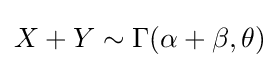
X+Y\sim \Gamma (\alpha +\beta ,\theta )